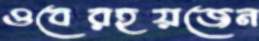
ওবেরহয়জেন